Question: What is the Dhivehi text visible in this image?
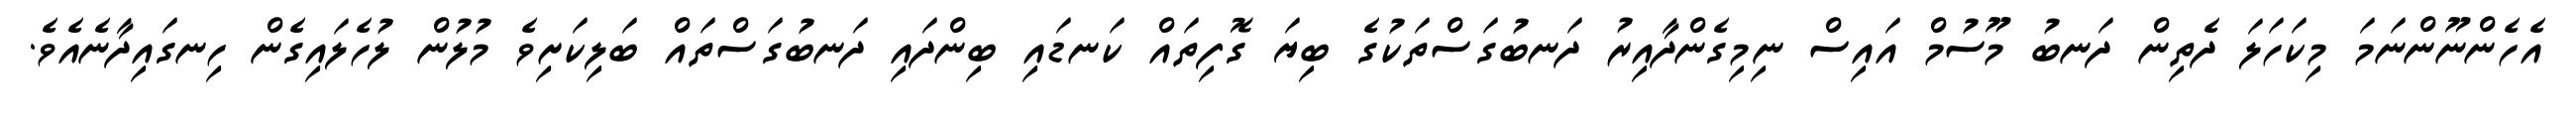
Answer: އެހެންނޫންނަމަ މިކަހަލަ ދެތިން ދަނބު މޫސުމް އައިސް ނިމިގެންދާއިރު ދަނބުގަސްތަކުގެ ބިޔަ ގޮފިތައް ކަނޑައި ބިންދައި ދަނބުގަސްތައް ބަލިކަށިވެ މުލުން ލުހެލައިގެން ހިނގައިދާނެއެވެ.